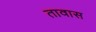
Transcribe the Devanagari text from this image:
तावास